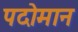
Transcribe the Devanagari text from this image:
पदोमान